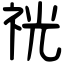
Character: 𥙑